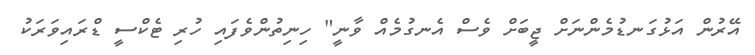
އޭރުން އަޅުގަނޑުމެންނަށް ޖީބަށް ވެސް އެނގުމެއް ވާނީ" ހިނިތުންވެފައި ހުރި ޓެކްސީ ޑްރައިވަރަކު